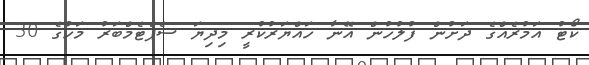
ކޯޓު އަމުރެއްގެ ދަށުން ފުލުހުން އޭނާ ހައްޔަރުކުރީ މިދިޔަ ސެޕްޓެމްބަރު މަހުގެ 30